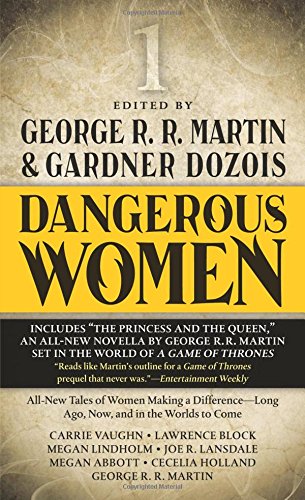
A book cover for Dangerous Women 1; George R. R. Martin; Science Fiction & Fantasy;